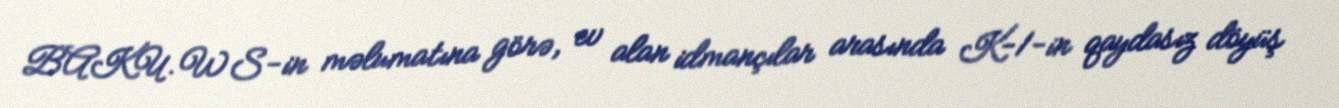
BAKU.WS-in məlumatına görə, ev alan idmançılar arasında K-1-in qaydasız döyüş